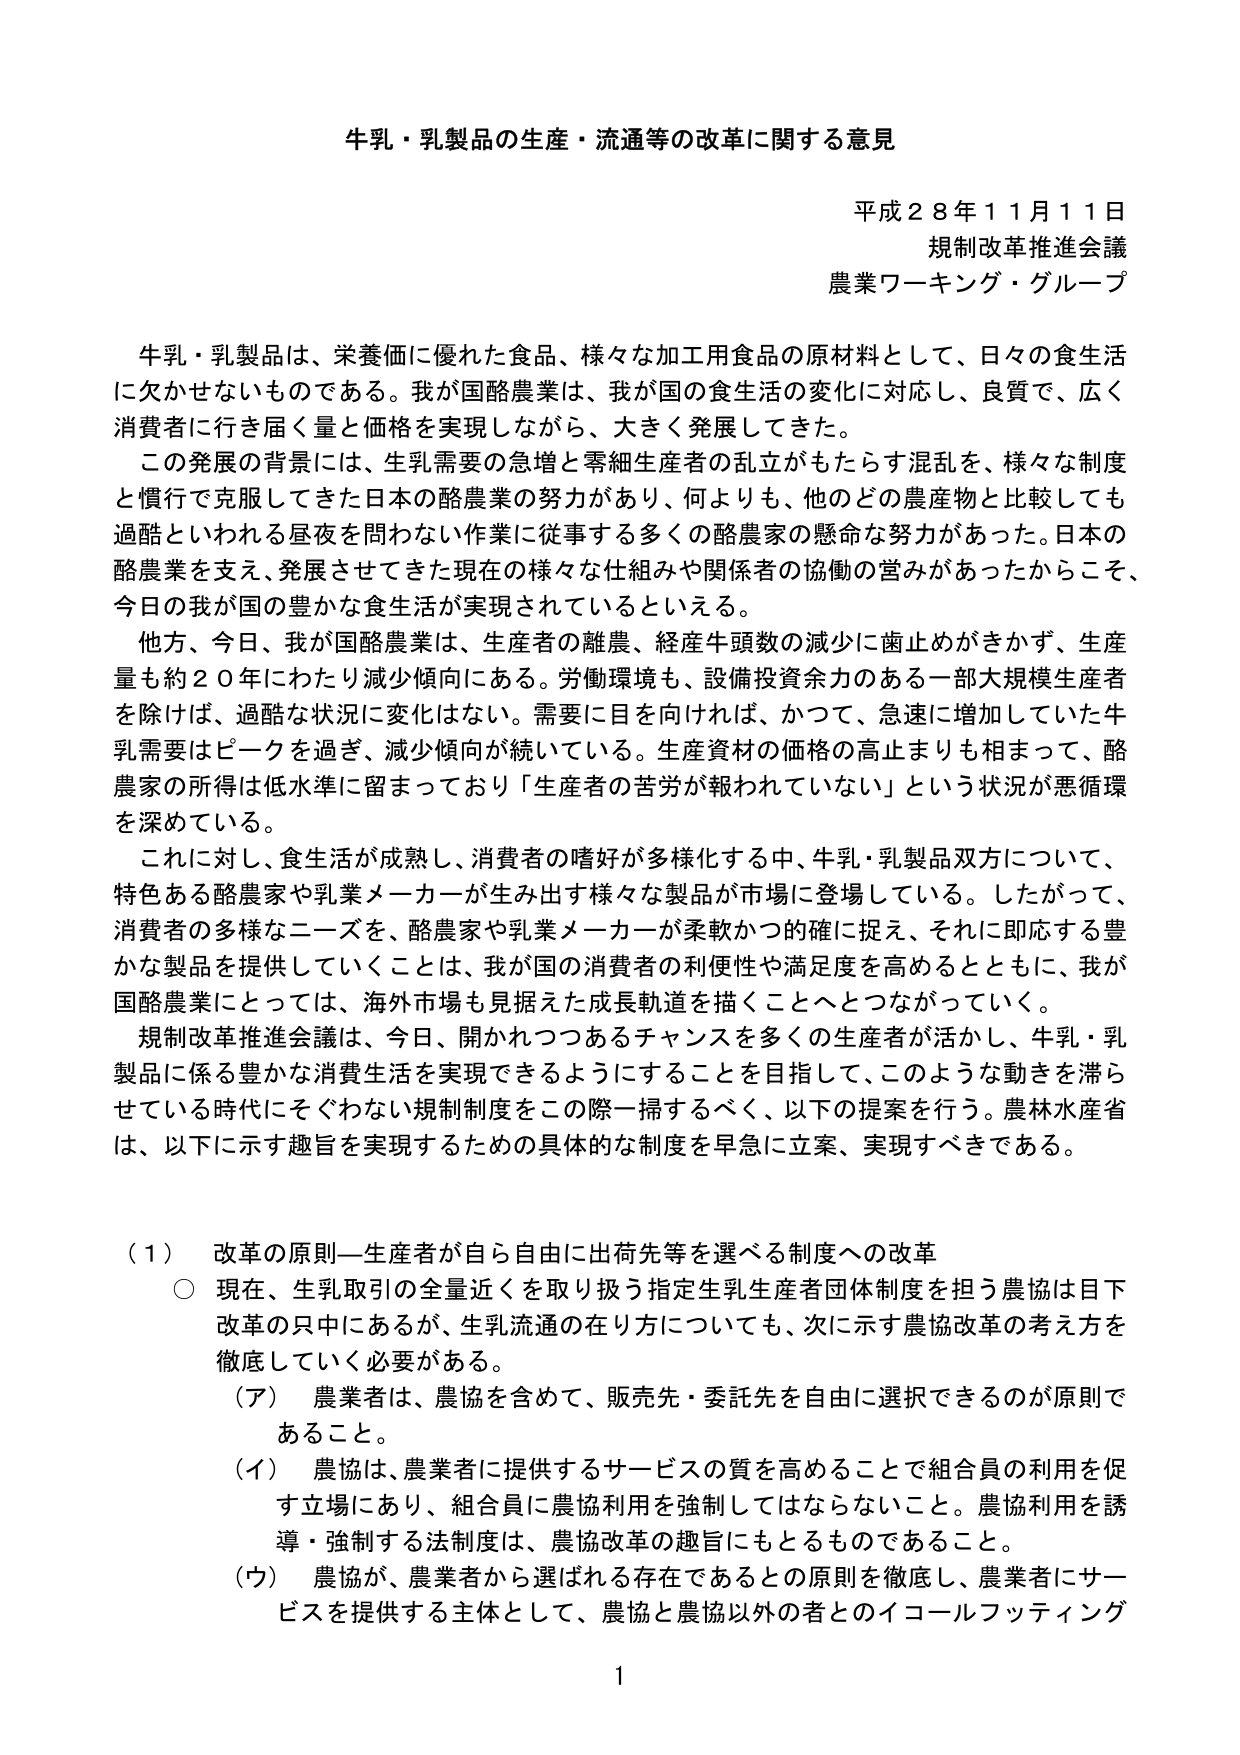
牛乳・乳製品の生産・流通等の改革に関する意見

平成２８年１１月１１日
規制改革推進会議
農業ワーキング・グループ

牛乳・乳製品は、栄養価に優れた食品、様々な加工用食品の原材料として、日々の食生活に欠かせないものである。我が国酪農業は、我が国の食生活の変化に対応し、良質で、広く消費者に行き届く量と価格を実現しながら、大きく発展してきた。

この発展の背景には、生乳需要の急増と零細生産者の乱立がもたらす混乱を、様々な制度と慣行で克服してきた日本の酪農業の努力があり、何よりも、他のどの農産物と比較しても過酷といわれる昼夜を問わない作業に従事する多くの酪農家の懸命な努力があった。日本の酪農業を支え、発展させてきた現在の様々な仕組みや関係者の協働の営みがあったからこそ、今日の我が国の豊かな食生活が実現されているといえる。

他方、今日、我が国酪農業は、生産者の離農、経産牛頭数の減少に歯止めがきかず、生産量も約２０年にわたり減少傾向にある。労働環境も、設備投資余力のある一部大規模生産者を除けば、過酷な状況に変化はない。需要に目を向ければ、かつて、急速に増加していた牛乳需要はピークを過ぎ、減少傾向が続いている。生産資材の価格の高止まりも相まって、酪農家の所得は低水準に留まっており「生産者の苦労が報われていない」という状況が悪循環を深めている。

これに対し、食生活が成熟し、消費者の嗜好が多様化する中、牛乳・乳製品双方について、特色ある酪農家や乳業メーカーが生み出す様々な製品が市場に登場している。したがって、消費者の多様なニーズを、酪農家や乳業メーカーが柔軟かつ的確に捉え、それに即応する豊かな製品を提供していくことは、我が国の消費者の利便性や満足度を高めるとともに、我が国酪農業にとっては、海外市場も見据えた成長軌道を描くことへとつながっていく。

規制改革推進会議は、今日、開かれつつあるチャンスを多くの生産者が活かし、牛乳・乳製品に係る豊かな消費生活を実現できるようにすることを目指して、このような動きを滞らせてはいる時代にそぐわない規制制度をこの際一掃するべく、以下の提案を行う。農林水産省は、以下に示す趣旨を実現するための具体的な制度を早急に立案、実現すべきである。

（１） 改革の原則―生産者が自ら自由に出荷先等を選べる制度への改革
　○ 現在、生乳取引の全量近くを取り扱う指定生乳生産者団体制度を担う農協は目下改革の只中にあるが、生乳流通の在り方についても、次に示す農協改革の考え方を徹底していく必要がある。
　（ア） 農業者は、農協を含めて、販売先・委託先を自由に選択できるのが原則であること。
　（イ） 農協は、農業者に提供するサービスの質を高めることで組合員の利用を促す立場にあり、組合員に農協利用を強制してはならないこと。農協利用を誘導・強制する法制度は、農協改革の趣旨にもとるものであること。
　（ウ） 農協が、農業者から選ばれる存在であるとの原則を徹底し、農業者にサービスを提供する主体として、農協と農協以外の者とのイコールフッティング

1